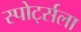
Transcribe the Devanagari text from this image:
स्पोर्ट्सला